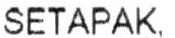
SETAPAK,